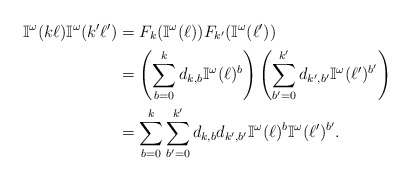
\begin{align*}\mathbb{I}^\omega(k\ell)\mathbb{I}^\omega(k'\ell') &= F_k(\mathbb{I}^\omega(\ell))F_{k'}(\mathbb{I}^\omega(\ell')) \\&= \left(\sum_{b=0}^kd_{k,b}\mathbb{I}^\omega(\ell)^b\right) \left(\sum_{b'=0}^{k'}d_{k',b'}\mathbb{I}^\omega(\ell')^{b'}\right) \\&= \sum_{b=0}^k\sum_{b'=0}^{k'}d_{k,b}d_{k',b'}\mathbb{I}^\omega(\ell)^{b} \mathbb{I}^\omega(\ell')^{b'}.\end{align*}